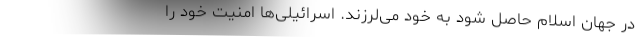
در جهان اسلام حاصل شود به خود می‌لرزند. اسرائیلی‌ها امنیت خود را